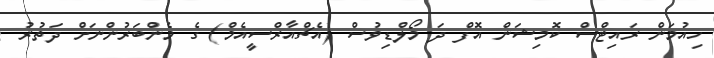
ހިއުމަން ރައިޓްސް ކޮމިޝަން އޮފް ދަ މޯލްޑިވުސް (އެޗްއާރްސީއެމް) ގެ މެންބަރުންނަށް ދަތުރު